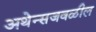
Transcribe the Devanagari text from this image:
अथेन्सजवळील